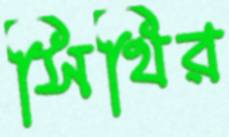
সিথির